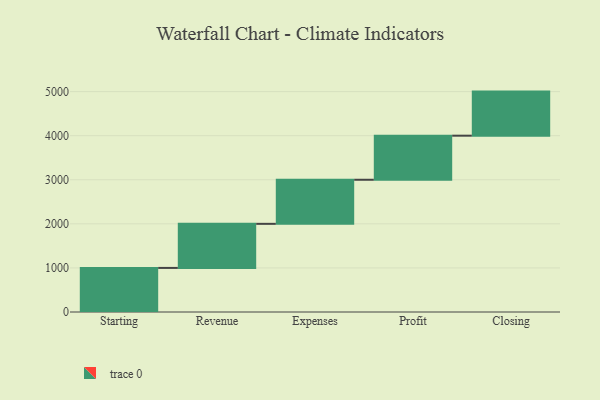
{"axis": {"x": "Step", "y": "Value"}, "legend": [""], "data": [{"x": "Starting", "y": 1000, "type": ""}, {"x": "Revenue", "y": 1000, "type": ""}, {"x": "Expenses", "y": 1000, "type": ""}, {"x": "Profit", "y": 1000, "type": ""}, {"x": "Closing", "y": 1000, "type": ""}]}